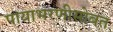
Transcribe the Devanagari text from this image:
पायाभरणीसोबत